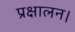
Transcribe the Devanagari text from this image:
प्रक्षालन।